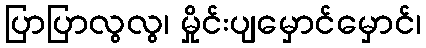
ပြာပြာလွလွ၊ မှိုင်းပျမှောင်မှောင်၊